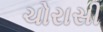
ચોરાસી